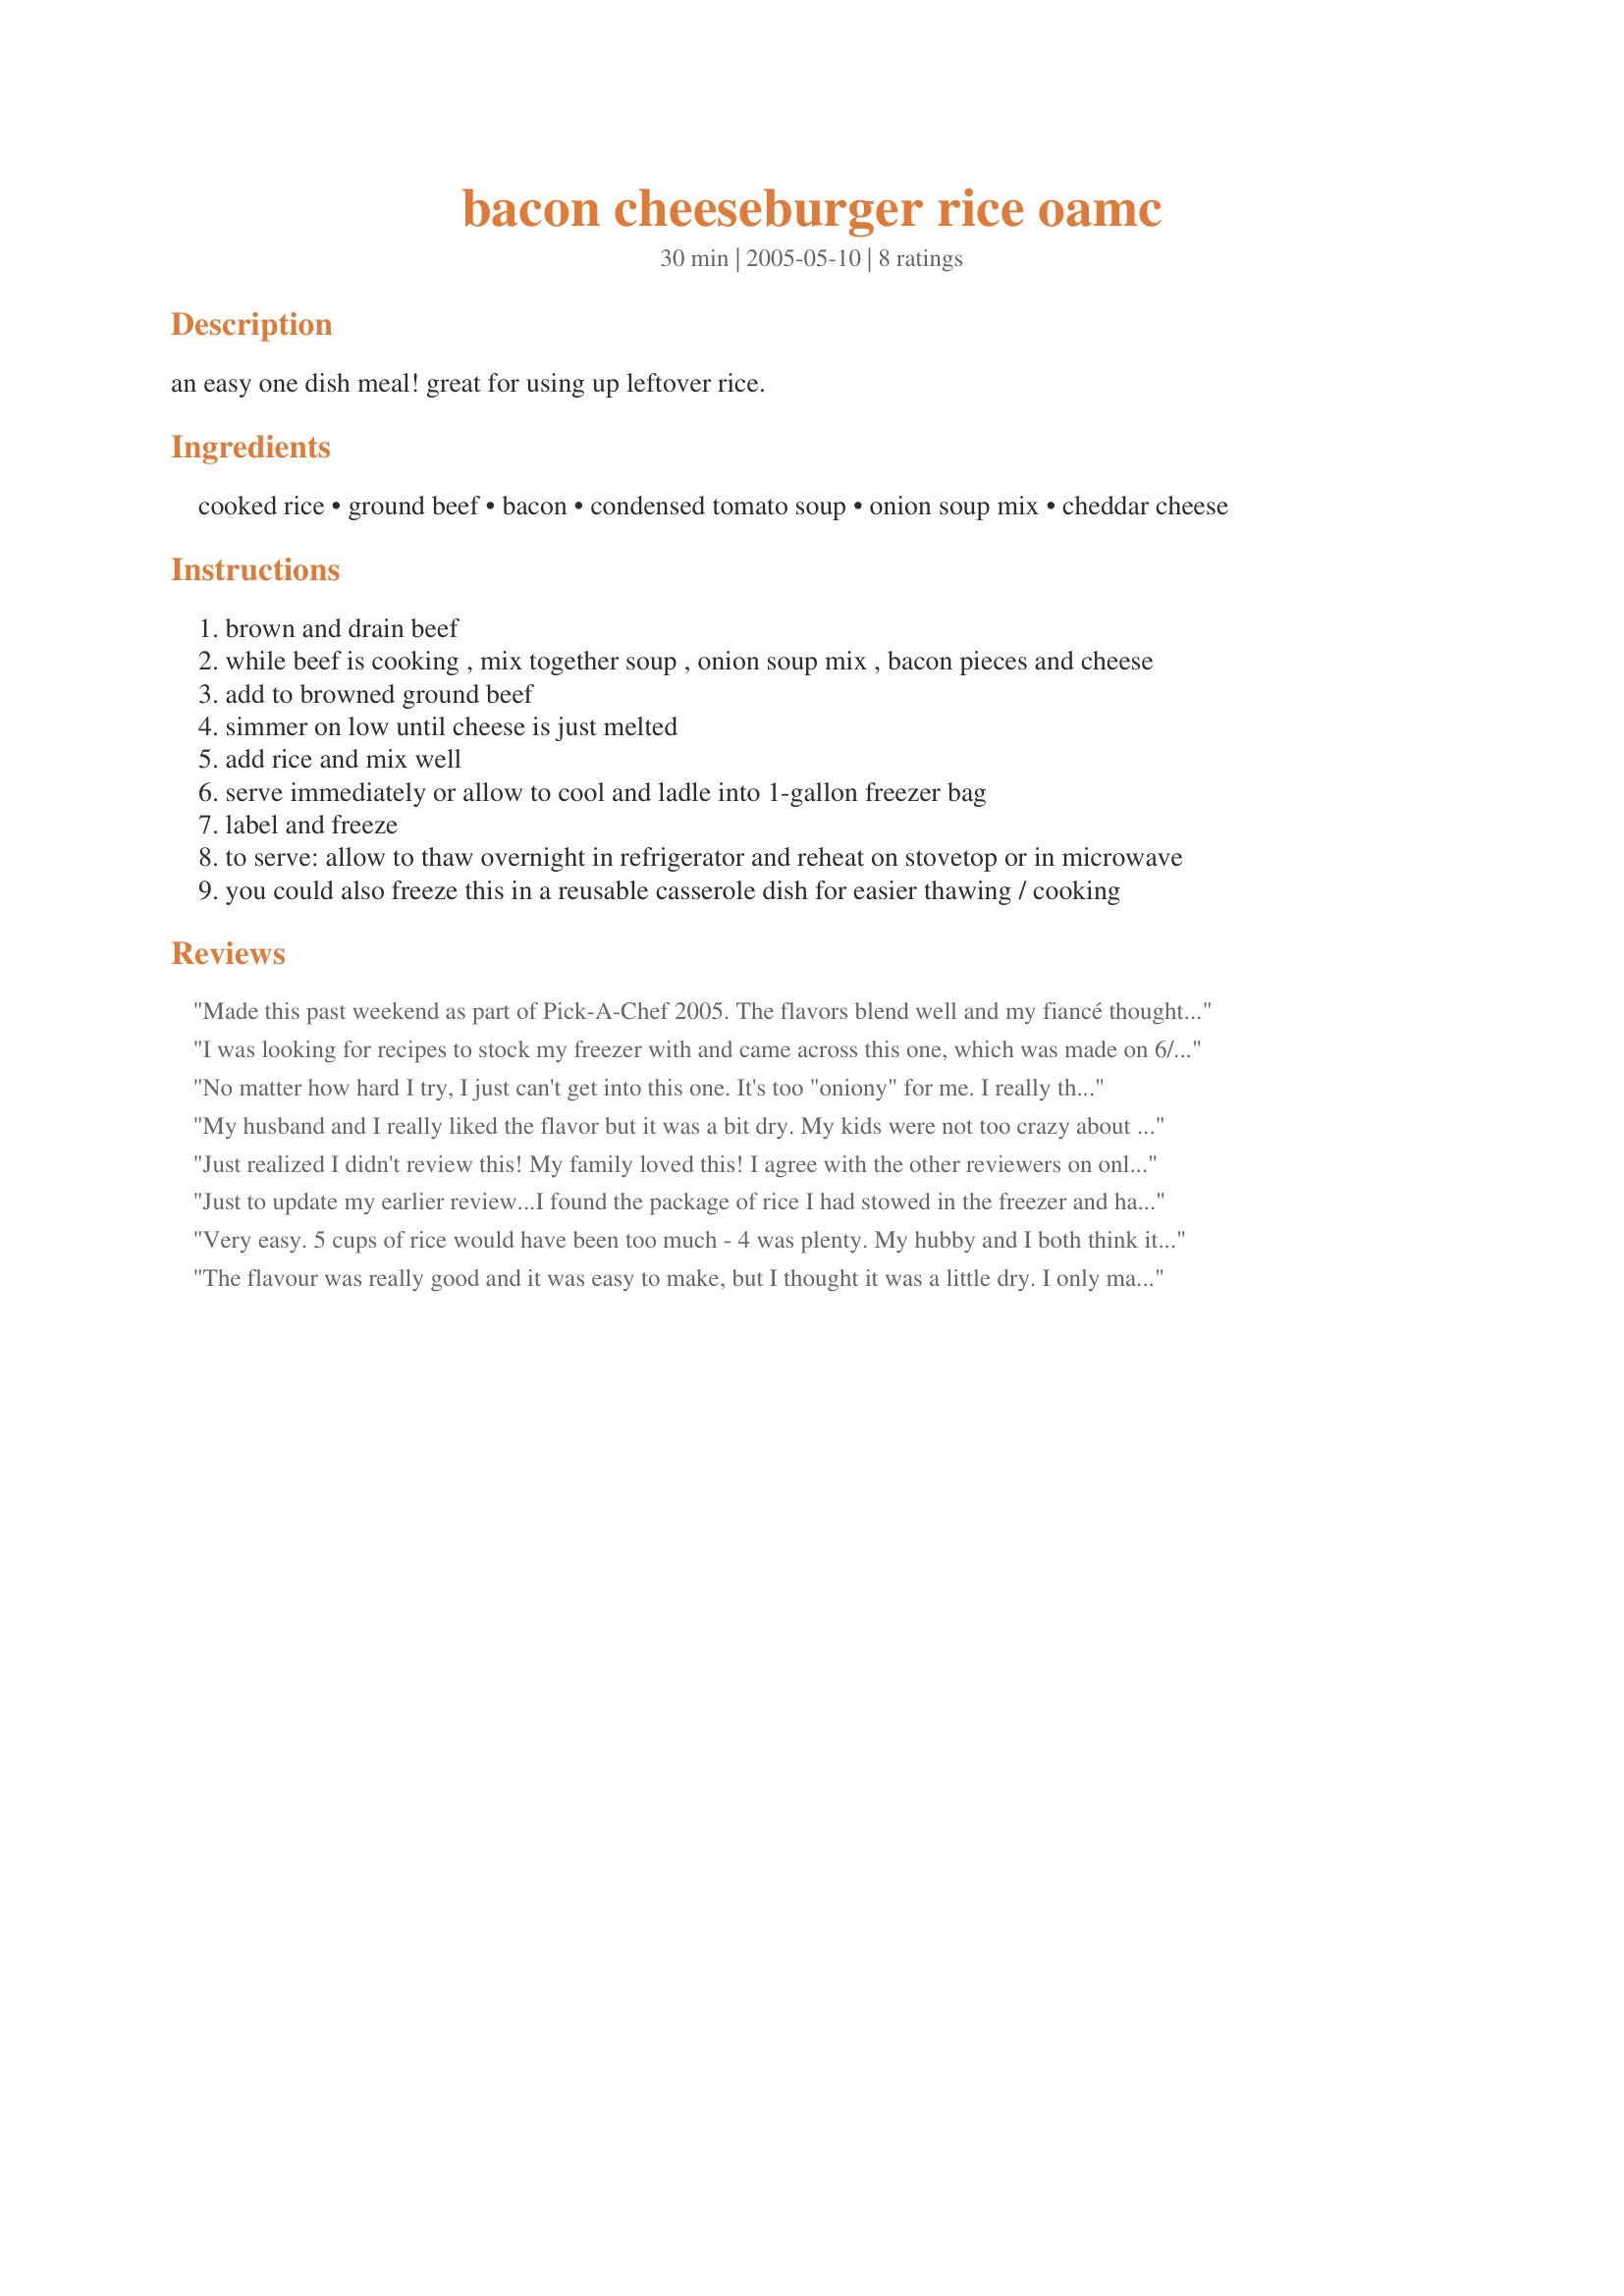
bacon cheeseburger rice oamc
Preparation time: 30 minutes

an easy one dish meal! great for using up leftover rice.

Ingredients:
cooked rice, ground beef, bacon, condensed tomato soup, onion soup mix, cheddar cheese

Steps:
brown and drain beef
while beef is cooking , mix together soup , onion soup mix , bacon pieces and cheese
add to browned ground beef
simmer on low until cheese is just melted
add rice and mix well
serve immediately or allow to cool and ladle into 1-gallon freezer bag
label and freeze
to serve: allow to thaw overnight in refrigerator and reheat on stovetop or in microwave
you could also freeze this in a reusable casserole dish for easier thawing / cooking

Reviews:
Made this past weekend as part of Pick-A-Chef 2005. The flavors blend well and my fiancé thought it was real tasty. It seemed to me, though, that 5 cups of rice was a bit too much. It was extremely thick and a bit hard to stir at the end. When I get leftovers out of the freezer I'll add some additional tomato soup and I'm sure it'll be fine.
I was looking for recipes to stock my freezer with and came across this one, which was made on 6/22/10. Since all I had on hand was tomato sauce, that was used instead of the soup. And because my SO is a salt freak, the full amount of soup mix was used. And I'm a bacon freak, so the full amount was used. Since I was just making half the recipe, ( which was a HUGE mistake :) ) one cup of cheese was used. Before finishing up the dish, a bite or two was tasted and I decided it need a bit of something so a shake or two of crushed red pepper flakes were added.For the photo a garnish was added, I sprinkled a bit of cheese and parsley flakes on top. Without the addition of the red pepper flakes, I think this a very good " Kid Friendly " recipe. Thank you for posting and, " Keep Smiling :) "
No matter how hard I try, I just can't get into this one. It's too "oniony" for me. I really think you could leave out the onion soup mix and just cook the ground beef with chopped onion. I ended up having to add 1/2 can of water, 2 tablespoons ketchup, and 1 tablespoon mustard just to get it to where it was decent for me. Dh loves it. I don't think I can make it again, though. I'd like to see if there are some changes I could make to make it a little more palatable. They'd have to be some extreme changes, though.
My husband and I really liked the flavor but it was a bit dry. My kids were not too crazy about it (I was really suprised about this!) It was not very appealing to look at and that might have had a lot to do with it.
Just realized I didn't review this! My family loved this! I agree with the other reviewers on only using 4 cups of rice may be better, but we used 5 and it was still good. We added more cheese than called for, but we do in most recipes lol I made 2 batches of this one for immed and one for the freezer. Both turned out perfect! *UPDATE* I switched out the tomato soup for cheddar cheese soup and it's even better! YUM
Just to update my earlier review...I found the package of rice I had stowed in the freezer and had it for supper Sunday....still very tasty ! I had forgotten to date the package, and didn't realize it had been in the freezer since May ! It's good to know it can last at least 4 months !
Very easy. 5 cups of rice would have been too much - 4 was plenty. My hubby and I both think it's more like 3 stars (edible, repeatable, but not a fav), but the kid loved it! (and how many dishes can you say that about?!) So it gets 4 stars. I added some pictures so you can see what it looks like - I put mine in a 9x13 pan even though it gets served right away.
The flavour was really good and it was easy to make, but I thought it was a little dry. I only made 4 cups of rice and I think that was too much. Thanks for sharing.
